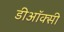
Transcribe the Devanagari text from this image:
डीऑक्सी